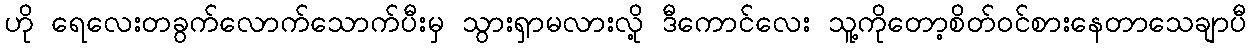
ဟို ရေလေးတခွက်လောက်သောက်ပီးမှ သွားရှာမလားလို့ ဒီကောင်လေး သူ့ကိုတော့စိတ်ဝင်စားနေတာသေချာပီ